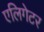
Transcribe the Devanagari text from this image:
एलिगेटर